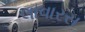
લાવારસ